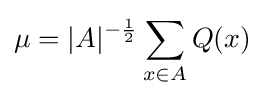
\mu =|A|^{-{\frac {1}{2}}}\sum _{x\in A}Q(x)